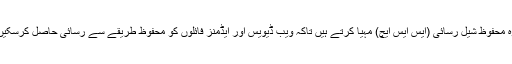
وہ محفوظ شیل رسائی (ایس ایس ایچ) مہیا کرتے ہیں تاکہ ویب ڈیویس اور ایڈمنز فائلوں کو محفوظ طریقے سے رسائی حاصل کرسکیں۔